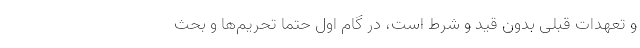
و تعهدات قبلی بدون قید و شرط است، در گام اول حتما تحریم‌ها و بحث